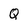
Character: Q